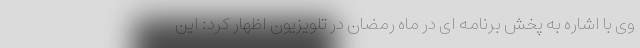
وی با اشاره به پخش برنامه ای در ماه رمضان در تلویزیون اظهار کرد: این